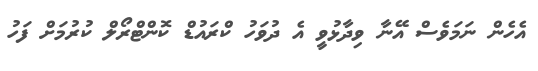
އެހެން ނަމަވެސް އޭނާ ވިދާޅުވީ އެ ދުވަހު ކްރައުޑް ކޮންޓްރޯލް ކުރުމަށް ފަހު